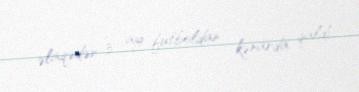
əlaqədər 3 ay futboldan kənarda qaldı.